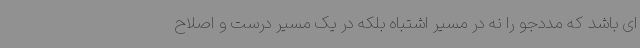
ای باشد که مددجو را نه در مسیر اشتباه بلکه در یک مسیر درست و اصلاح